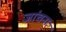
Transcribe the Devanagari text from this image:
जांचनाः